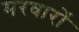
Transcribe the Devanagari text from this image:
मरवारों